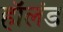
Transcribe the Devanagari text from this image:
हाॅलंड